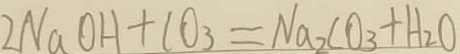
2 N a O H + C O _ { 3 } = N a _ { 2 } C O _ { 3 } + H _ { 2 } O